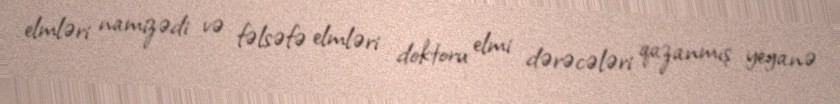
elmləri namizədi və fəlsəfə elmləri doktoru elmi dərəcələri qazanmış yeganə